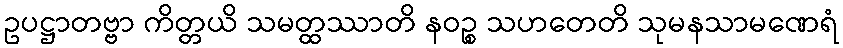
ဥပဋ္ဌာတဗ္ဗာ ကိတ္တယိ သမတ္ထဿာတိ နဝဉ္စ သဟတေတိ သုမနသာမဏေရံ